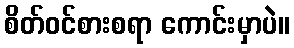
စိတ်ဝင်စားစရာ ကောင်းမှာပဲ။